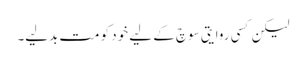
لیکن کسی روایتی سوچ کے لیے خود کو مت بدلیے۔